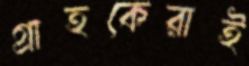
গ্রাহকেরাই